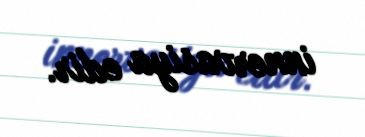
innervasiya edir.